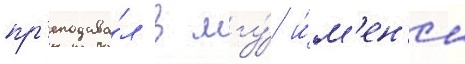
пр'еподава́л в мгу́ и́м'ен'и